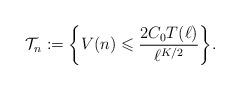
LaTeX: \begin{align*} \mathcal{T}_n:= \bigg\{ V(n) \leqslant \frac{2C_0T(\ell)}{\ell^{K/2}} \bigg\}.\end{align*}